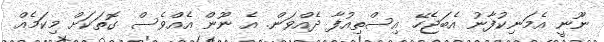
ނޫނީ އެމަނިކުފާނު އެބަޖެހޭ އިސްތިއުފާ ދެއްވަން. އެ ނޫން އެއްވެސް ގޮތަކަށް މިކަމެއް